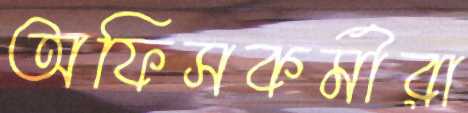
অফিসকর্মীরা